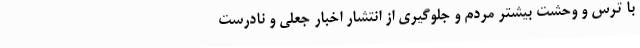
با ترس و وحشت بیشتر مردم و جلوگیری از انتشار اخبار جعلی و نادرست